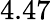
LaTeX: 4.47